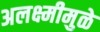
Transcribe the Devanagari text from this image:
अलक्ष्मीमुळे